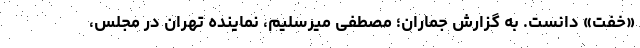
«خفت» دانست. به گزارش جماران؛ مصطفی میرسلیم، نماینده تهران در مجلس،